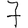
Digit: 7